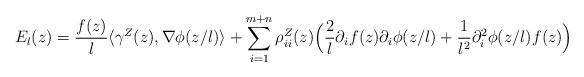
LaTeX: \begin{align*}E_l(z) = \frac{f(z)}{l} \langle \gamma^Z(z), \nabla \phi(z/l)\rangle + \sum_{i = 1}^{m + n} \rho_{ii}^Z(z) \Big(\frac{2}{l} \partial_i f(z) \partial_i \phi(z/l) + \frac{1}{l^2} \partial_i^2 \phi(z/l) f(z)\Big)\end{align*}